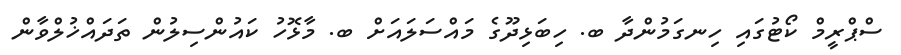
ސްޕްރީމް ކޯޓުގައި ހިނގަމުންދާ ބ. ހިބަޅިދޫގެ މައްސަލައަށް ބ. މާޅޮހު ކައުންސިލުން ތަދައްޚުލްވާން